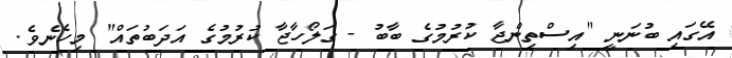
އޭގައި ބުނަނީ "އިސްތިންޖާ ކުރުމުގެ ބާބު - ގަލޯހާޖާ ކުރުމުގެ އަދަބުތައް" މިހެނެވެ.